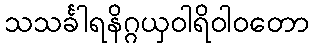
သသင်္ခါရနိဂ္ဂယှဝါရိဝါဝတော